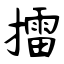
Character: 擂